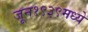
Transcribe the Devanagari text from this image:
जून१९३९मध्ये